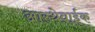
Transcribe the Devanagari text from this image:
आस्थेवाईक